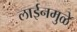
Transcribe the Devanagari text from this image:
लाईनमुळे